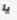
يا